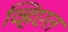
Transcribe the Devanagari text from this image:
व्हिएत